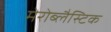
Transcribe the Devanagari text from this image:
मेरोब्लैस्टिक